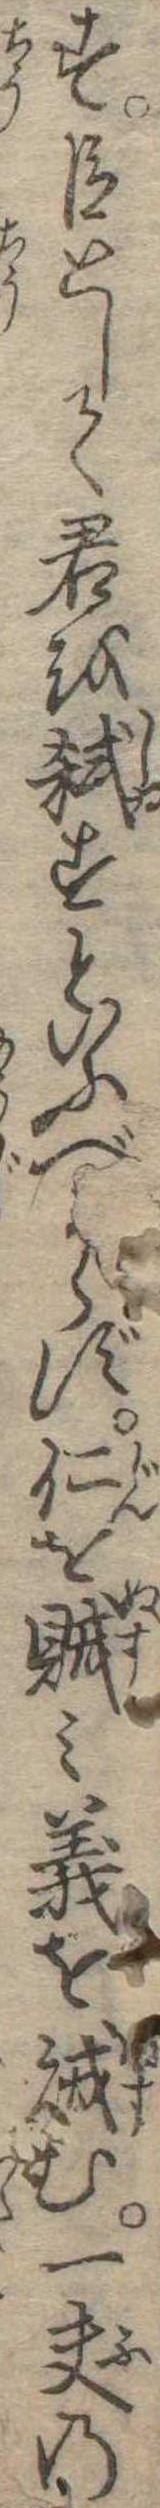
す臣として君を弑すといふべからず仁を賊み義を賊む一夫の